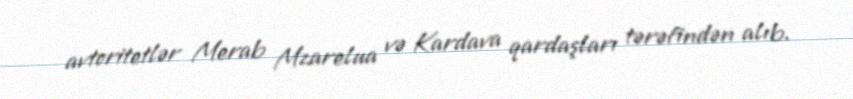
avtoritetlər Merab Mzarelua və Kardava qardaşları tərəfindən alıb.